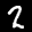
Label: 2